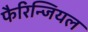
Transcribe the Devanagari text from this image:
फैरिन्जियल